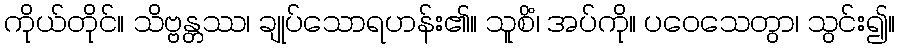
ကိုယ်တိုင်။ သိဗ္ဗန္တဿ၊ ချုပ်သောရဟန်း၏။ သူစိံ၊ အပ်ကို။ ပဝေသေတွာ၊ သွင်း၍။